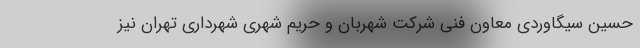
حسین سیگاوردی معاون فنی شرکت شهربان و حریم شهری شهرداری تهران نیز